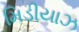
મિડીયાઝ